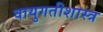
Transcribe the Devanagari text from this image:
वायुगतीशास्त्र